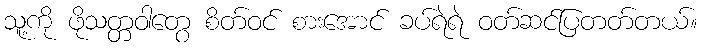
သူ့ကို ဖိုသတ္တဝါတွေ စိတ်ဝင် စားအောင် ခပ်ရဲရဲ ဝတ်ဆင်ပြတတ်တယ်။